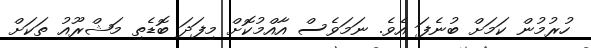
ހުރުމުން ކަމަށް ބުނެފަ އެވެ. ނަމަވެސް އާއްމުކޮށް މިފަދަ ބޮޑެތި މަޝްރޫއު ތަކަށް